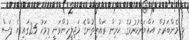
މި މެންބަރުން އައްޔަންކުރުމުގެ ކުރިން ރައްޔިތުންގެ މަޖިލީހުންވަނީ މިމަހު 25ގައި އެ ފަސް